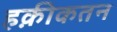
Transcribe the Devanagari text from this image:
हक़ीकतन